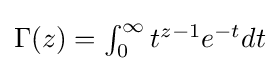
{\textstyle \Gamma (z)=\int _{0}^{\infty }t^{z-1}e^{-t}dt}